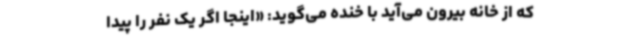
که از خانه‌ بیرون می‌آید با خنده می‌گوید: «اینجا اگر یک نفر را پیدا